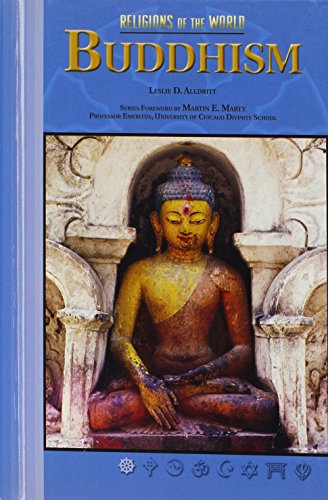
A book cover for Buddhism (Rel O/T Wld) (Religions of the World (Chelsea House Hardcover)); Les Alldritt; Teen & Young Adult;